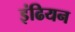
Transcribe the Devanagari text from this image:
इंढियन